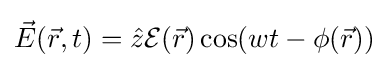
{\vec {E}}({\vec {r}},t)={\hat {z}}{\mathcal {E}}({\vec {r}})\cos(wt-\phi ({\vec {r}}))